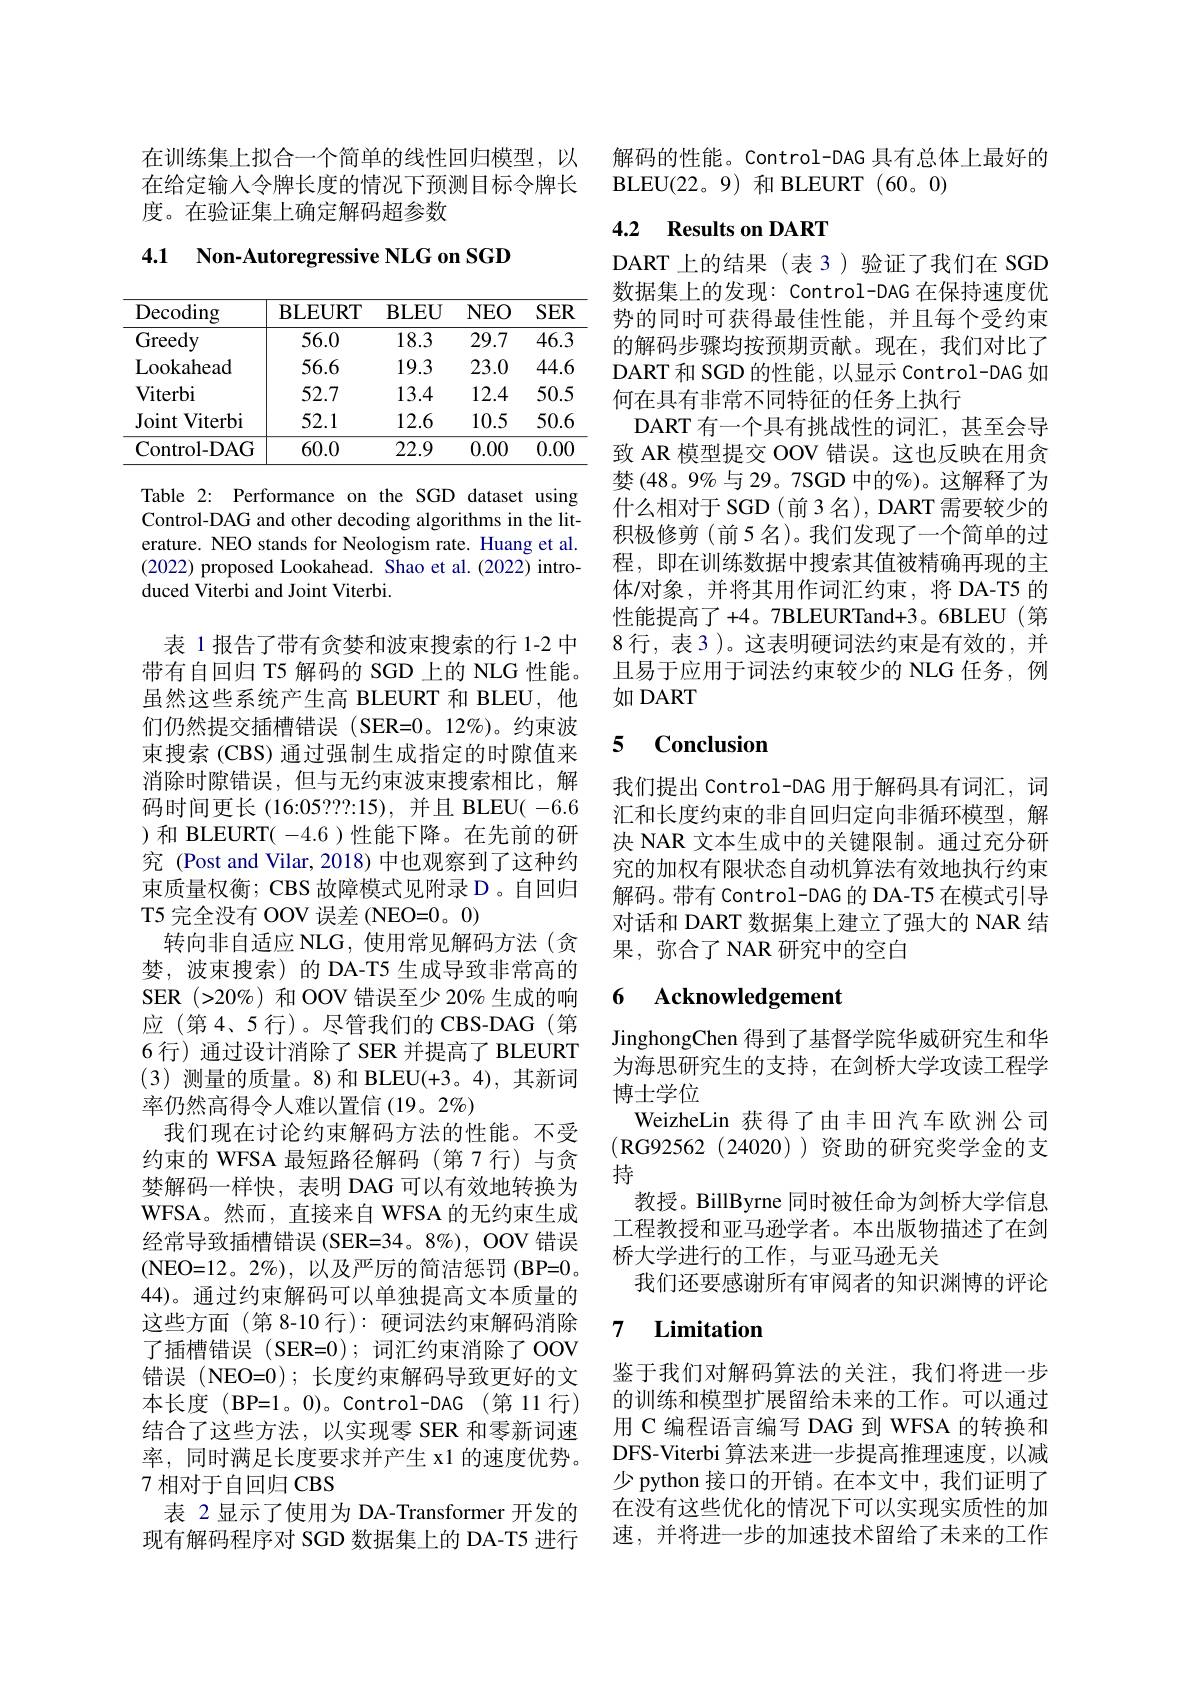
在训练集上拟合一个简单的线性回归模型，以在给定输入令牌长度的情况下预测目标令牌长度。在验证集上确定解码超参数

4.1 Non-Autoregressive NLG on SGD

<table>
	<tbody>
		<tr>
			<th>Decoding</th>
			<th>$\mathbf{BLEURT}$</th>
			<th>$\mathbf{BLEU}$</th>
			<th>$NEO$</th>
			<th>$SER$</th>
		</tr>
		<tr>
			<td>Greedy</td>
			<td>56.0</td>
			<td>18.3</td>
			<td>29.7</td>
			<td>46.3</td>
		</tr>
		<tr>
			<td>Lookahead</td>
			<td>56.6</td>
			<td>19.3</td>
			<td>23.0</td>
			<td>44.6</td>
		</tr>
		<tr>
			<td>$\mathbf{Viterbi}$</td>
			<td>52.7</td>
			<td>13.4</td>
			<td>12.4</td>
			<td>50.5</td>
		</tr>
		<tr>
			<td>Joint Viterbi</td>
			<td>52.1</td>
			<td>12.6</td>
			<td>10.5</td>
			<td>50.6</td>
		</tr>
		<tr>
			<td>Control- DAG</td>
			<td>60.0</td>
			<td>22.9</td>
			<td>0.00</td>
			<td>0.00</td>
		</tr>
	</tbody>
</table>

Table 2: Performance on the SGD dataset using Control-DAG and other decoding algorithms in the literature. NEO stands for Neologism rate. Huang et al. (2022) proposed Lookahead. Shao et al.(2022)introduced Viterbi and Joint Viterbi.

表 1报告了带有贪婪和波束搜索的行 1-2 中带有自回归 T5 解码的 SGD 上的 NLG 性能。虽然这些系统产生高 BLEURT 和 BLEU, 他们仍然提交插槽错误(SER=0。12%)。约束波束搜索(CBS) 通过强制生成指定的时隙值来消除时隙错误，但与无约束波束搜索相比，解码时间更长(16:05???:15),并且 BLEU( -6.6 )和 BLEURT( -4.6 )性能下降。在先前的研究 (Post and Vilar, 2018) 中也观察到了这种约束质量权衡；CBS 故障模式见附录 D。自回归T5 完全没有 OOV 误差 (NEO=0。0)
转向非自适应 NLG, 使用常见解码方法(贪婪，波束搜索)的 DA-T5 生成导致非常高的SER $(>20\%)$和 OOV 错误至少 20% 生成的响应(第4、5 行)。尽管我们的 CBS-DAG(第6 行) 通过设计消除了 SER 并提高了 BLEURT (3)测量的质量。8)和 BLEU(+3。4),其新词率仍然高得令人难以置信(19。2%)
我们现在讨论约束解码方法的性能。不受约束的 WFSA 最短路径解码 (第7行)与贪婪解码一样快，表明 DAG 可以有效地转换为WFSA。然而，直接来自 WFSA 的无约束生成经常导致插槽错误(SER=34。8%), OOV 错误( NEO= 12。2$\%$) , 以及严厉的简洁惩罚(BP=0。44)。通过约束解码可以单独提高文本质量的这些方面(第 8-10 行): 硬词法约束解码消除了插槽错误(SER=0);词汇约束消除了OOV 错误(NEO=0);长度约束解码导致更好的文本长度 (BP=1。0)。Control-DAG (第 11 行) 结合了这些方法，以实现零 SER 和零新词速率，同时满足长度要求并产生 x1 的速度优势。7 相对于自回归 CBS
表 2 显示了使用为 DA-Transformer 开发的现有解码程序对 SGD 数据集上的 DA-T5 进行

解码的性能。Control-DAG 具有总体上最好的
BLEU( 22。9) 和 BLEURT(60。0)

## 4.2 Results on DART

DART 上的结果 (表 3)验证了我们在 SGD 数据集上的发现：Control-DAG 在保持速度优势的同时可获得最佳性能，并且每个受约束的解码步骤均按预期贡献。现在，我们对比了DART 和 SGD 的性能，以显示 Control-DAG 如何在具有非常不同特征的任务上执行
DART 有一个具有挑战性的词汇，甚至会导致 AR 模型提交 OOV 错误。这也反映在用贪婪(48。9%与 29。7SGD 中的%)。这解释了为什么相对于 SGD(前3名), DART 需要较少的积极修剪(前5名)。我们发现了一个简单的过程，即在训练数据中搜索其值被精确再现的主体/对象，并将其用作词汇约束，将 DA-T5 的性能提高了+4。7BLEURTand+3。6BLEU(第8行，表3)。这表明硬词法约束是有效的，并且易于应用于词法约束较少的 NLG 任务，例如 DART

### 5 $\mathbf{Conclusion}$

我们提出 Control-DAG 用于解码具有词汇，词汇和长度约束的非自回归定向非循环模型，解决 NAR 文本生成中的关键限制。通过充分研究的加权有限状态自动机算法有效地执行约束解码。带有 Control-DAG 的 DA-T5 在模式引导对话和 DART 数据集上建立了强大的 NAR 结果，弥合了 NAR 研究中的空白

# 6 Acknowledgement

JinghongChen 得到了基督学院华威研究生和华为海思研究生的支持，在剑桥大学攻读工程学博士学位
WeizheLin 获得了由丰田汽车欧洲公司(RG92562(24020))资助的研究奖学金的支持
教授。BillByrne 同时被任命为剑桥大学信息工程教授和亚马逊学者。本出版物描述了在剑桥大学进行的工作，与亚马逊无关
我们还要感谢所有审阅者的知识渊博的评论

## 7 $\textbf{Limitation}$

鉴于我们对解码算法的关注，我们将进一步的训练和模型扩展留给未来的工作。可以通过用 C 编程语言编写 DAG 到 WFSA 的转换和DFS-Viterbi 算法来进一步提高推理速度，以减少 python 接口的开销。在本文中，我们证明了在没有这些优化的情况下可以实现实质性的加速，并将进一步的加速技术留给了未来的工作